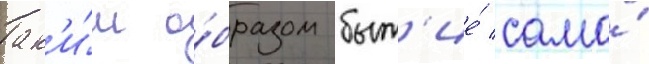
Так'и́м о́бразом быт'ие́ само́